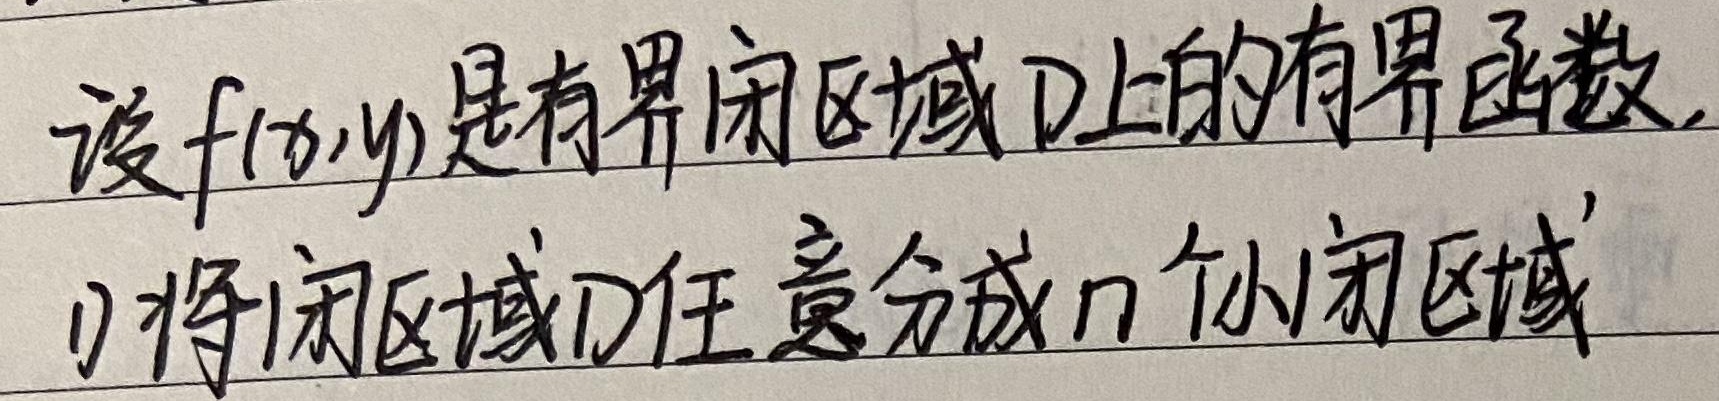
设 \(f(x,y)\) 是有界闭区域 \(D\) 上的有界函数。1) 将闭区域 \(D\) 任意分成 \(n\) 个小闭区域